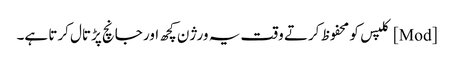
[Mod] کلپس کو محفوظ کرتے وقت یہ ورژن کچھ اور جانچ پڑتال کرتا ہے۔